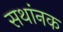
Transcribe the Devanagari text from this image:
सथांनक